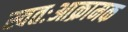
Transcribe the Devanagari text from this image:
स्वतःआक्रामक